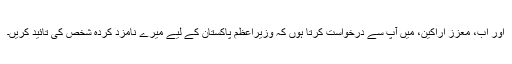
اور اب، معزز اراکین، میں آپ سے درخواست کرتا ہوں کہ وزیراعظم پاکستان کے لیے میرے نامزد کردہ شخص کی تائید کریں۔